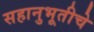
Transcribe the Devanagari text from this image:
सहानुभूतीचे